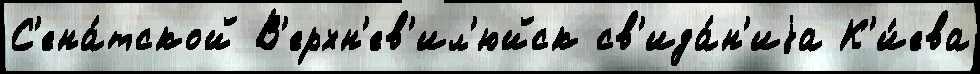
С'ена́тской В'ерхн'ев'ил'юйск св'ида́н'иjа К'и́ева